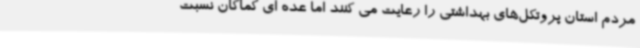
مردم استان پروتکل‌های بهداشتی را رعایت می کنند اما عده ای کماکان نسبت